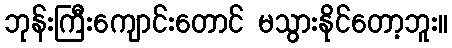
ဘုန်းကြီးကျောင်းတောင် မသွားနိုင်တော့ဘူး။